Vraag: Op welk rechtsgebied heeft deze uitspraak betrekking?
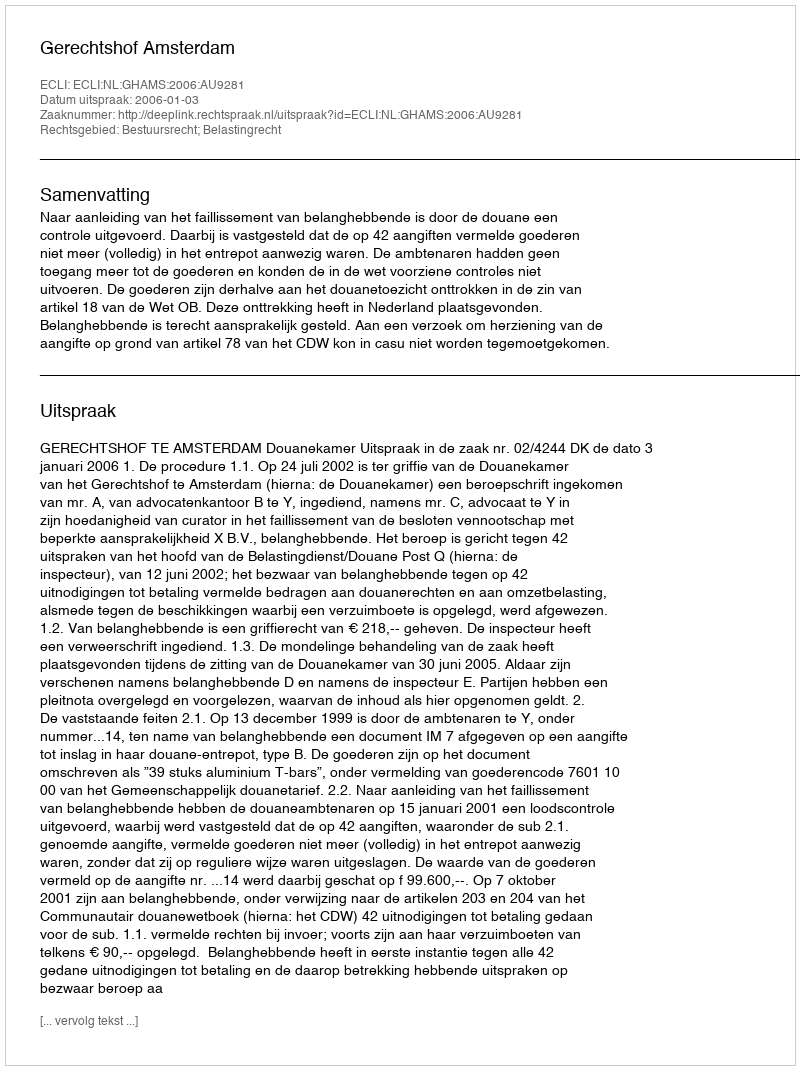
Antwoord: Bestuursrecht; Belastingrecht